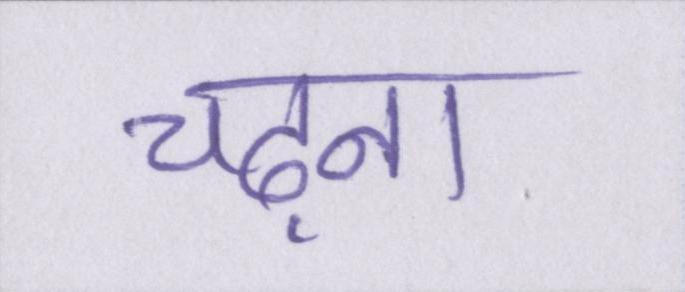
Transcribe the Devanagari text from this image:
चढ़ना